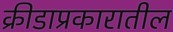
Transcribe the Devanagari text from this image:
क्रीडाप्रकारातील